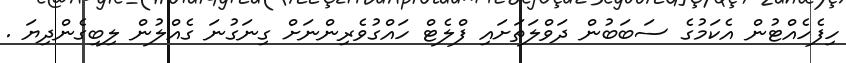
ހިފެހެއްޓުން އެކަމުގެ ސަބަބުން ދަވްލަތަށައި ފްލެޓް ހައްގުވެރިންނަށް ގިނަގުނަ ގެއްލުން ލިބިގެންދިޔަ .